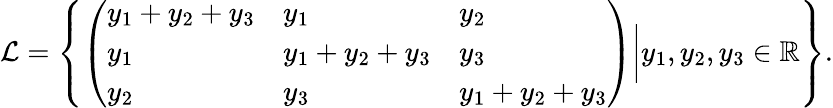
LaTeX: \mathcal{L}=\left\{ \left(\begin{array}{lll}{y_{1}+y_{2}+y_{3}}&{y_{1}}&{y_{2}}\\ {y_{1}}&{y_{1}+y_{2}+y_{3}}&{y_{3}}\\ {y_{2}}&{y_{3}}&{y_{1}+y_{2}+y_{3}}\end{array}\right)\bigg|y_{1},y_{2},y_{3}\in\mathbb{R}\right\} .